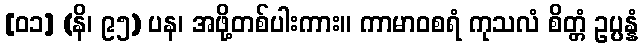
[၀၁] (နိ၊ ၉၅) ပန၊ အဖို့တစ်ပါးကား။ ကာမာဝစရံ ကုသလံ စိတ္တံ ဥပ္ပန္နံ